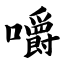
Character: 嚼